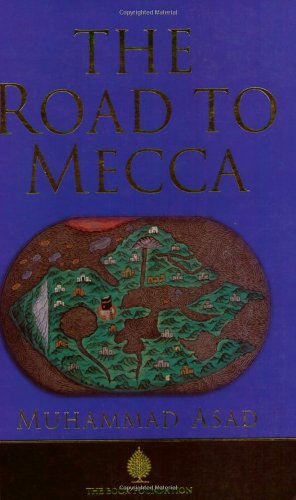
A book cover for The Road to Mecca; Muhammad Asad; Religion & Spirituality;